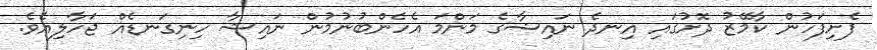
ފެށިފަހުން ކާމޭޒު ދޮށުގައި އިނދެ ނައިޝާގެ މަންމަ އެހެންބުނުމުން ނައިޝާ ހިނިގަނޑެއް ޖަހާލިއެވެ.